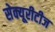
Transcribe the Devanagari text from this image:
सेक्यूरीटीज